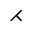
\rightthreetimes